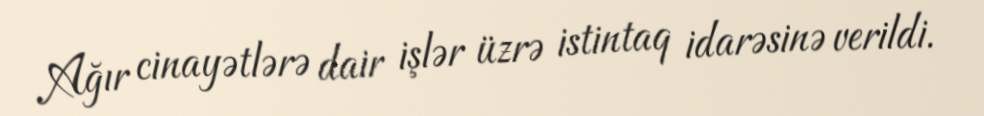
Ağır cinayətlərə dair işlər üzrə istintaq idarəsinə verildi.